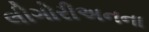
લીગોરીઅનના